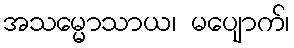
အသမ္မောသာယ၊ မပျောက်၊